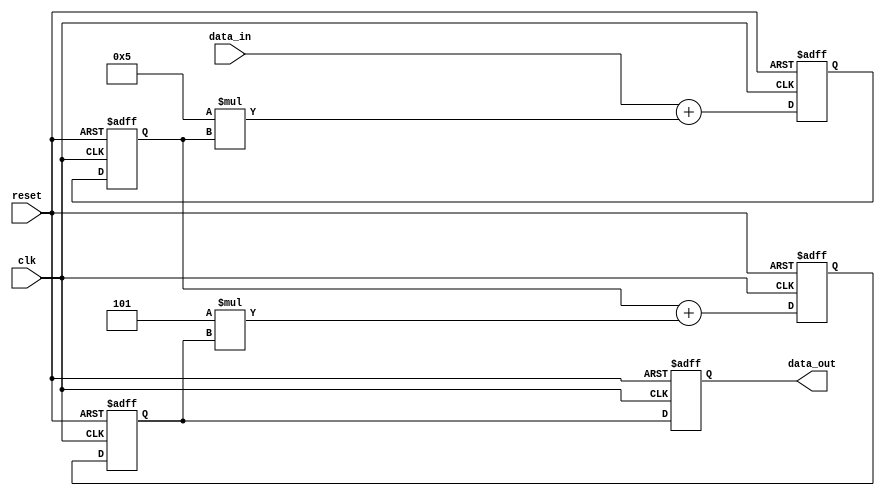
module IIR_filter(
    input clk,
    input reset,
    input signed [15:0] data_in,
    output reg signed [15:0] data_out
);

// Filter coefficients
parameter coef_1 = 5;
parameter coef_2 = -3;

// Internal signal declarations
reg signed [15:0] stage1_out;
reg signed [15:0] stage2_out;

// Stage 1
reg signed [15:0] stage1_in;
always @(posedge clk or posedge reset) begin
    if(reset) begin
        stage1_in <= 0;
    end else begin
        stage1_in <= data_in + coef_1 * stage1_out;
    end
end

always @(posedge clk or posedge reset) begin
    if(reset) begin
        stage1_out <= 0;
    end else begin
        stage1_out <= stage1_in;
    end
end

// Stage 2
reg signed [15:0] stage2_in;
always @(posedge clk or posedge reset) begin
    if(reset) begin
        stage2_in <= 0;
    end else begin
        stage2_in <= stage1_out + coef_2 * stage2_out;
    end
end

always @(posedge clk or posedge reset) begin
    if(reset) begin
        stage2_out <= 0;
    end else begin
        stage2_out <= stage2_in;
    end
end

// Accumulator
always @(posedge clk or posedge reset) begin
    if(reset) begin
        data_out <= 0;
    end else begin
        data_out <= stage2_out;
    end
end

endmodule